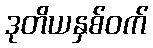
ဒုတိယနှစ်ဝက်